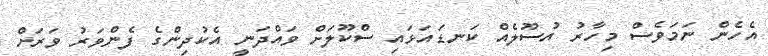
އެހެން ނަމަވެސް މިހާރު އުސޫލެއް ކަނޑައަޅައި ސްކޫލަށް ވައްދަނީ އެކުދިންގެ ފެންވަރު ވަރަށް